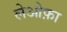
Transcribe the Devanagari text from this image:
लेओफ़ा